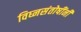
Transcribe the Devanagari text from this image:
विघ्नसंतोषींनी